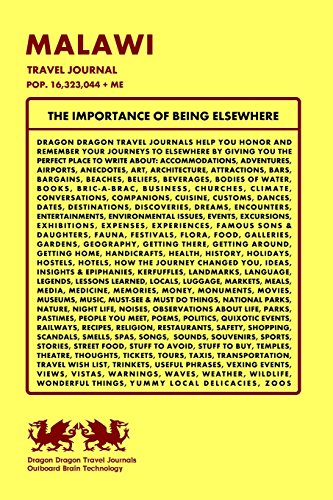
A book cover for Malawi Travel Journal, Pop. 16,323,044 + Me; Dragon Dragon Travel Journals; Travel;